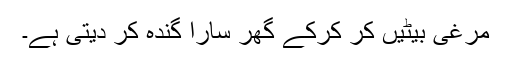
مرغی بیٹیں کر کرکے گھر سارا گندہ کر دیتی ہے۔